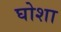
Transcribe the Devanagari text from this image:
घोशा